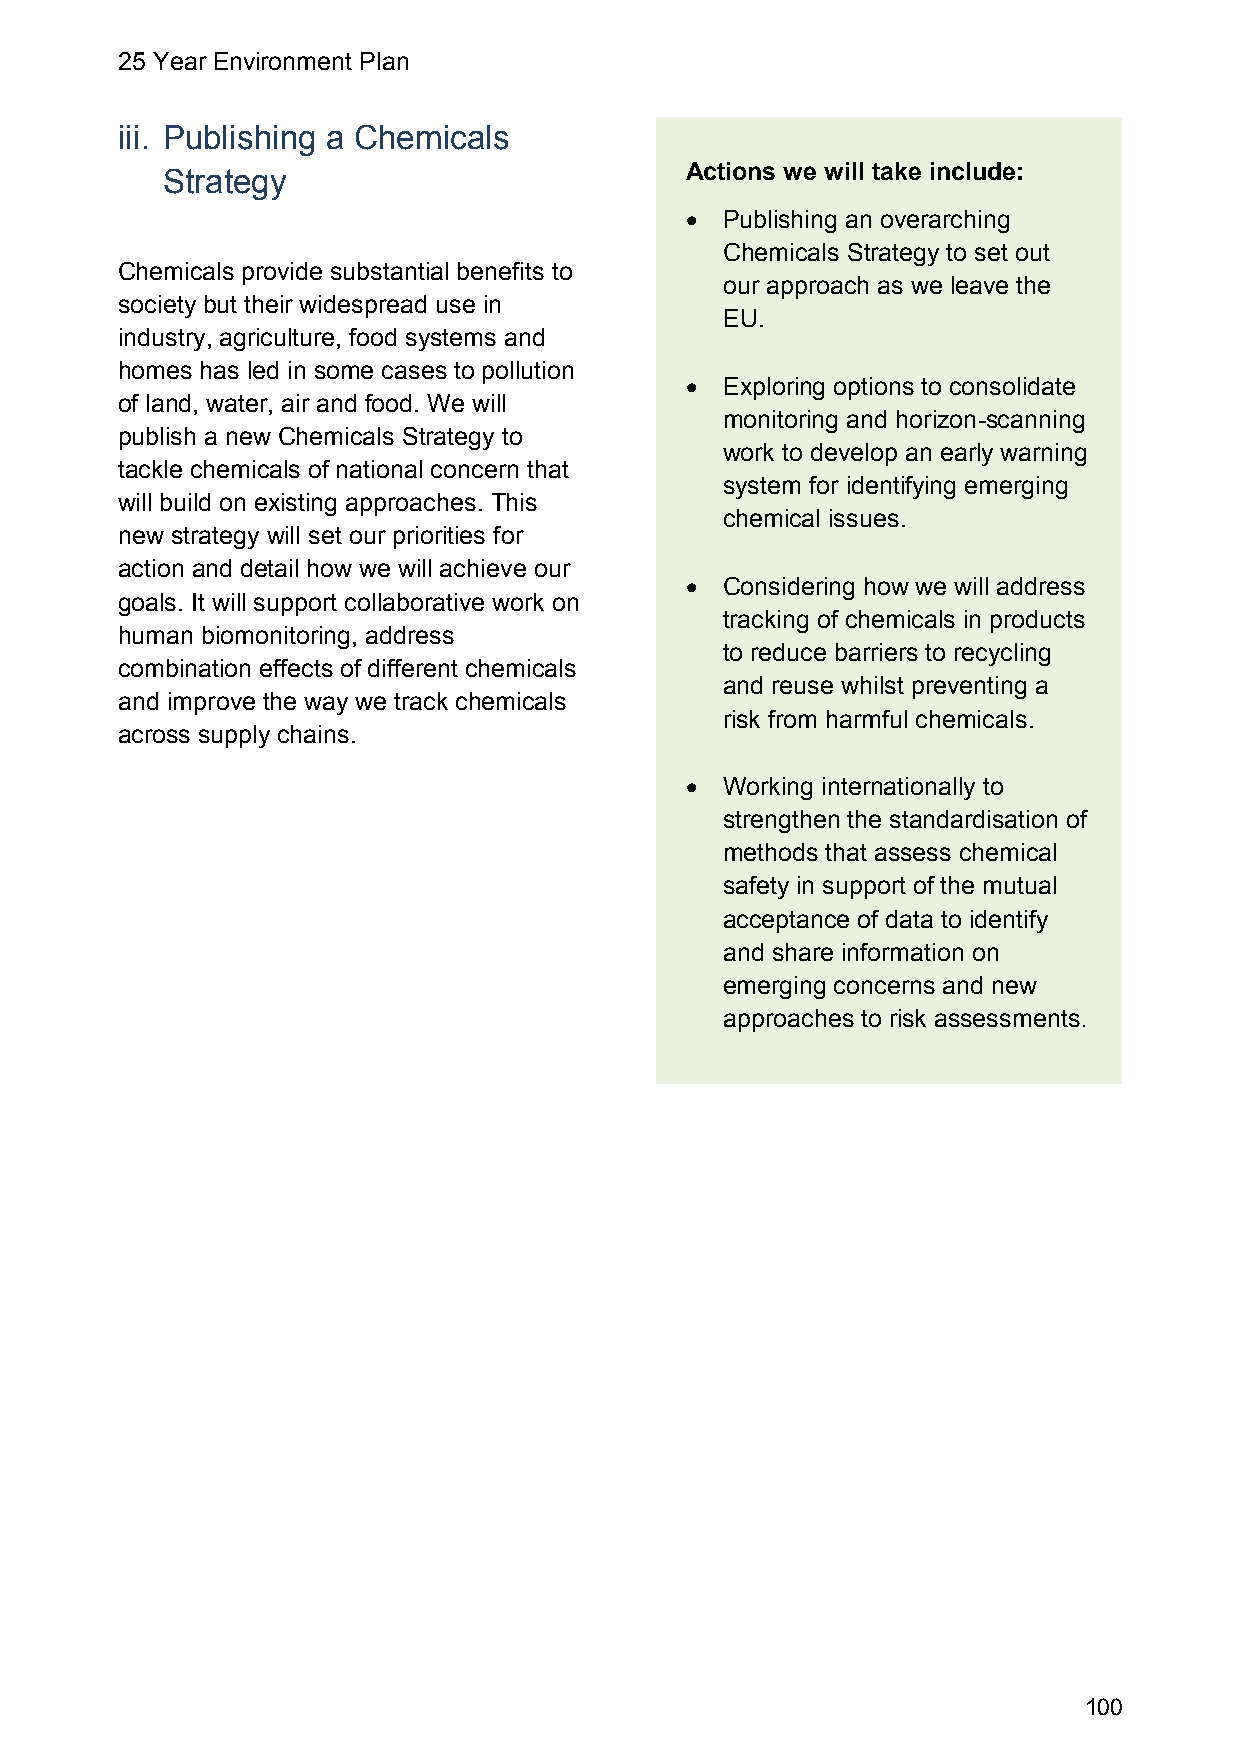
25 Year Environment Plan
 iii. Publishing a Chemicals
 Actions we will take include:
 Strategy
   Publishing an overarching
 Chemicals Strategy to set out
 Chemicals provide substantial benefits to
 our approach as we leave the
 society but their widespread use in
 EU.
 industry, agriculture, food systems and
 homes has led in some cases to pollution
   Exploring options to consolidate
 of land, water, air and food. We will
 monitoring and horizon-scanning
 publish a new Chemicals Strategy to
 work to develop an early warning
 tackle chemicals of national concern that
 system for identifying emerging
 will build on existing approaches. This
 chemical issues.
 new strategy will set our priorities for
 action and detail how we will achieve our
   Considering how we will address
 goals. It will support collaborative work on
 tracking of chemicals in products
 human biomonitoring, address
 to reduce barriers to recycling
 combination effects of different chemicals
 and reuse whilst preventing a
 and improve the way we track chemicals
 risk from harmful chemicals.
 across supply chains.
   Working internationally to
 strengthen the standardisation of
 methods that assess chemical
 safety in support of the mutual
 acceptance of data to identify
 and share information on
 emerging concerns and new
 approaches to risk assessments.
 100